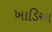
ખાડિઆ